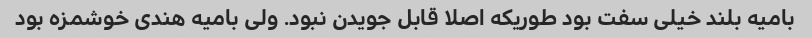
بامیه بلند خیلی سفت بود طوریکه اصلا قابل جویدن نبود. ولی بامیه هندی خوشمزه بود